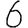
Digit: 6